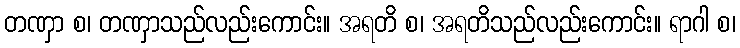
တဏှာ စ၊ တဏှာသည်လည်းကောင်း။ အရတိ စ၊ အရတိသည်လည်းကောင်း။ ရာဂါ စ၊